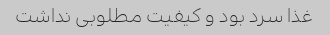
غذا سرد بود و کیفیت مطلوبی نداشت